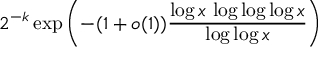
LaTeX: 2 ^ { - k } \exp \left( - ( 1 + o ( 1 ) ) { \frac { \log x \, \log \log \log x } { \log \log x } } \right)